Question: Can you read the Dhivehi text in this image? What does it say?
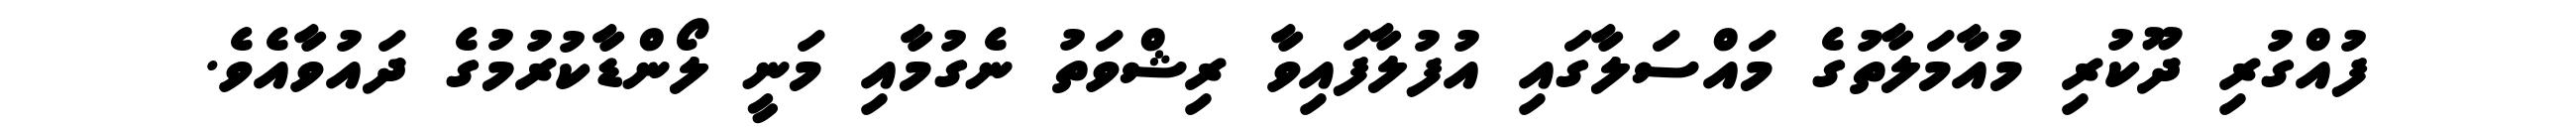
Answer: ފުއްގުރި ދޫކުރި މުއާމަލާތުގެ މައްސަލާގައި އުފުލާފައިވާ ރިޝްވަތު ނެގުމާއި މަނީ ލޯންޑާކުރުމުގެ ދައުވާއެވެ.